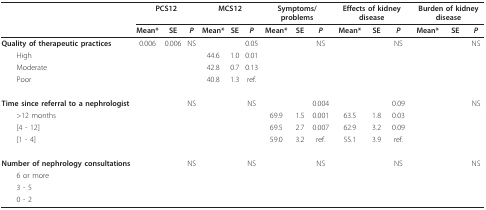
<table><thead><tr><td></td><td colspan="3"><b>PCS12</b></td><td colspan="3"><b>MCS12</b></td><td colspan="3"><b>Symptoms/problems</b></td><td colspan="3"><b>Effects of kidney disease</b></td><td colspan="3"><b>Burden of kidney disease</b></td></tr><tr><td></td><td><b>Mean*</b></td><td><b>SE</b></td><td><b><i>P</i></b></td><td><b>Mean*</b></td><td><b>SE</b></td><td><b><i>P</i></b></td><td><b>Mean*</b></td><td><b>SE</b></td><td><b><i>P</i></b></td><td><b>Mean*</b></td><td><b>SE</b></td><td><b><i>P</i></b></td><td><b>Mean*</b></td><td><b>SE</b></td><td><b><i>P</i></b></td></tr></thead><tbody><tr><td><b>Quality of therapeutic practices</b></td><td>0.006</td><td>0.006</td><td>NS</td><td></td><td></td><td>0.05</td><td></td><td></td><td>NS</td><td></td><td></td><td>NS</td><td></td><td></td><td>NS</td></tr><tr><td> High</td><td></td><td></td><td></td><td>44.6</td><td>1.0</td><td>0.01</td><td></td><td></td><td></td><td></td><td></td><td></td><td></td><td></td><td></td></tr><tr><td> Moderate</td><td></td><td></td><td></td><td>42.8</td><td>0.7</td><td>0.13</td><td></td><td></td><td></td><td></td><td></td><td></td><td></td><td></td><td></td></tr><tr><td> Poor</td><td></td><td></td><td></td><td>40.8</td><td>1.3</td><td>ref.</td><td></td><td></td><td></td><td></td><td></td><td></td><td></td><td></td><td></td></tr><tr><td><b>Time since referral to a nephrologist</b></td><td></td><td></td><td>NS</td><td></td><td></td><td>NS</td><td></td><td></td><td>0.004</td><td></td><td></td><td>0.09</td><td></td><td></td><td>NS</td></tr><tr><td> &gt;12 months</td><td></td><td></td><td></td><td></td><td></td><td></td><td>69.9</td><td>1.5</td><td>0.001</td><td>63.5</td><td>1.8</td><td>0.03</td><td></td><td></td><td></td></tr><tr><td> [4 - 12[</td><td></td><td></td><td></td><td></td><td></td><td></td><td>69.5</td><td>2.7</td><td>0.007</td><td>62.9</td><td>3.2</td><td>0.09</td><td></td><td></td><td></td></tr><tr><td> [1 - 4 [</td><td></td><td></td><td></td><td></td><td></td><td></td><td>59.0</td><td>3.2</td><td>ref.</td><td>55.1</td><td>3.9</td><td>ref.</td><td></td><td></td><td></td></tr><tr><td><b>Number of nephrology consultations</b></td><td></td><td></td><td>NS</td><td></td><td></td><td>NS</td><td></td><td></td><td>NS</td><td></td><td></td><td>NS</td><td></td><td></td><td>NS</td></tr><tr><td> 6 or more</td><td></td><td></td><td></td><td></td><td></td><td></td><td></td><td></td><td></td><td></td><td></td><td></td><td></td><td></td><td></td></tr><tr><td> 3 - 5</td><td></td><td></td><td></td><td></td><td></td><td></td><td></td><td></td><td></td><td></td><td></td><td></td><td></td><td></td><td></td></tr><tr><td> 0 - 2</td><td></td><td></td><td></td><td></td><td></td><td></td><td></td><td></td><td></td><td></td><td></td><td></td><td></td><td></td><td></td></tr></tbody></table>